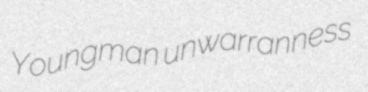
Youngman unwarranness